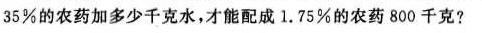
35%的农药加多少千克水，才能配成1.75%的农药800千克?